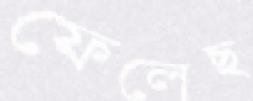
ফেলেছ